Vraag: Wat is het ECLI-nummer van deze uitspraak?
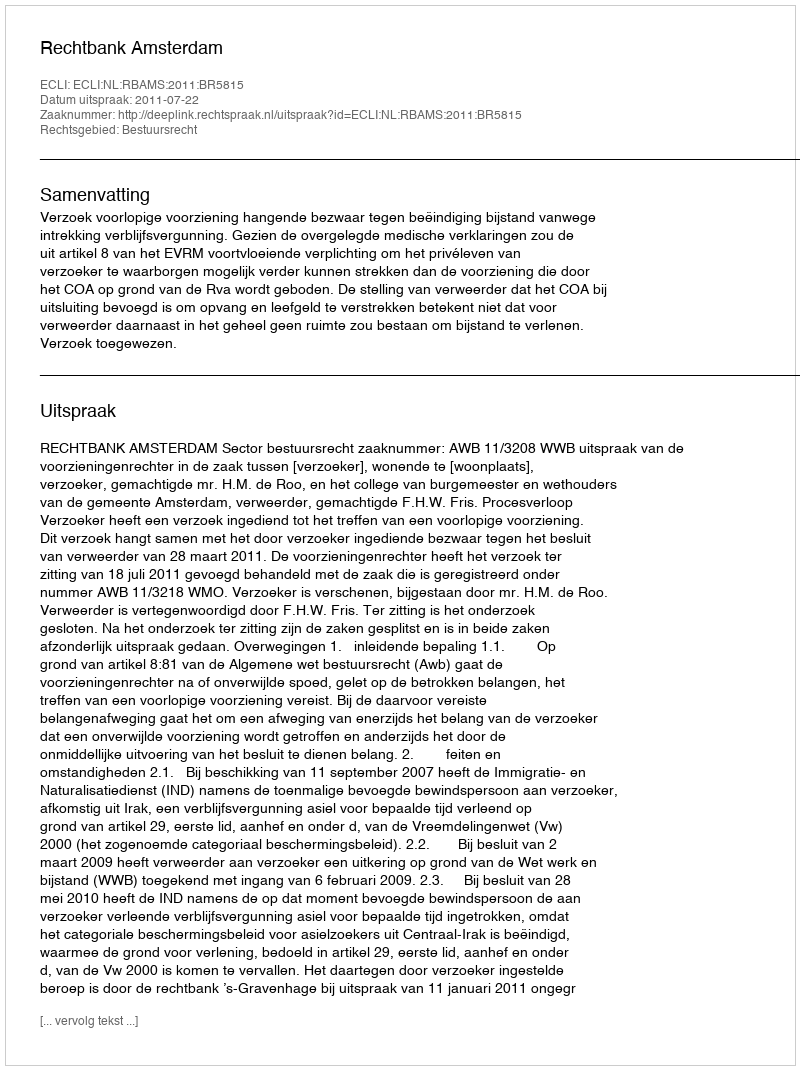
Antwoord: ECLI:NL:RBAMS:2011:BR5815